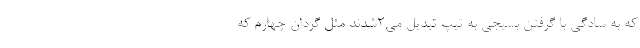
که به سادگی با گرفتن بسیجی به تیپ تبدیل می۲شدند مثل گردان چهارم که